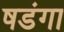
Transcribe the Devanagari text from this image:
षडंगा